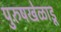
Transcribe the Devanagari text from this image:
पुरुषखेळाडू